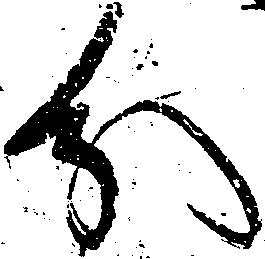
分